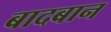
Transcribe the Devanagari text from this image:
बादबान